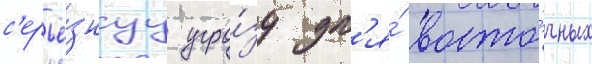
с'ерьё́знуу угро́зу дл'я́ восто́чных